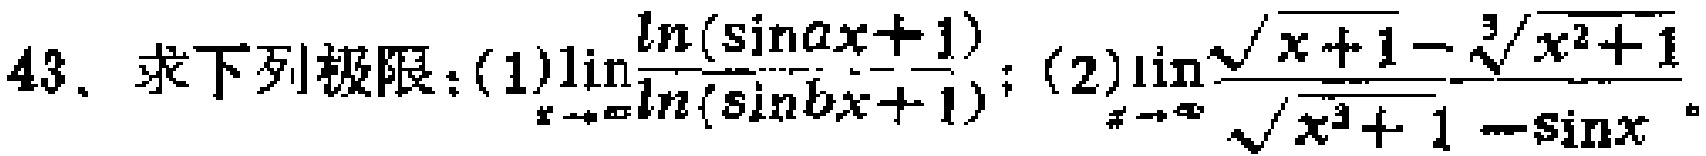
43. 求下列极限：(1)$\lim\limits_{x \to \infty}\frac{\ln(\sin ax + 1)}{\ln(\sin bx + 1)}$；(2)$\lim\limits_{x \to \infty}\frac{\sqrt{x + 1}-\sqrt[3]{x^{2}+1}}{\sqrt{x^{3}+1}-\sin x}$。